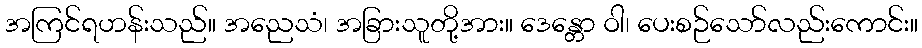
အကြင်ရဟန်းသည်။ အညေသံ၊ အခြားသူတို့အား။ ဒေန္တော ဝါ၊ ပေးစဉ်သော်လည်းကောင်း။